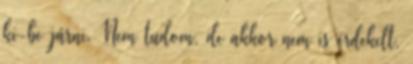
ki-be járni. Nem tudom, de akkor nem is érdekelt,